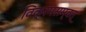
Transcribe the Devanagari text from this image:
विक्रमसम्वत्